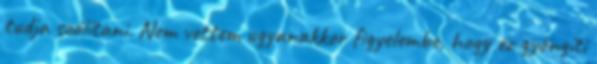
tudja szólítani. Nem vettem ugyanakkor figyelembe, hogy ez gyöngíti